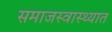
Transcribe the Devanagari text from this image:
समाजस्वास्थ्यात